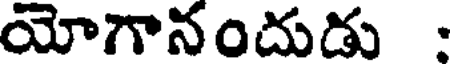
యోగానందుడు :